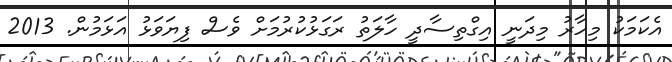
އެކަމަކު މިހާރު މިދަނީ އިގްތިސާދީ ހާލަތު ރަގަޅުކުރުމަށް ވެސް ފިޔަވަޅު އަޅަމުން. 2013